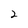
Character: 2